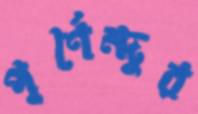
পূর্ণেন্দুর